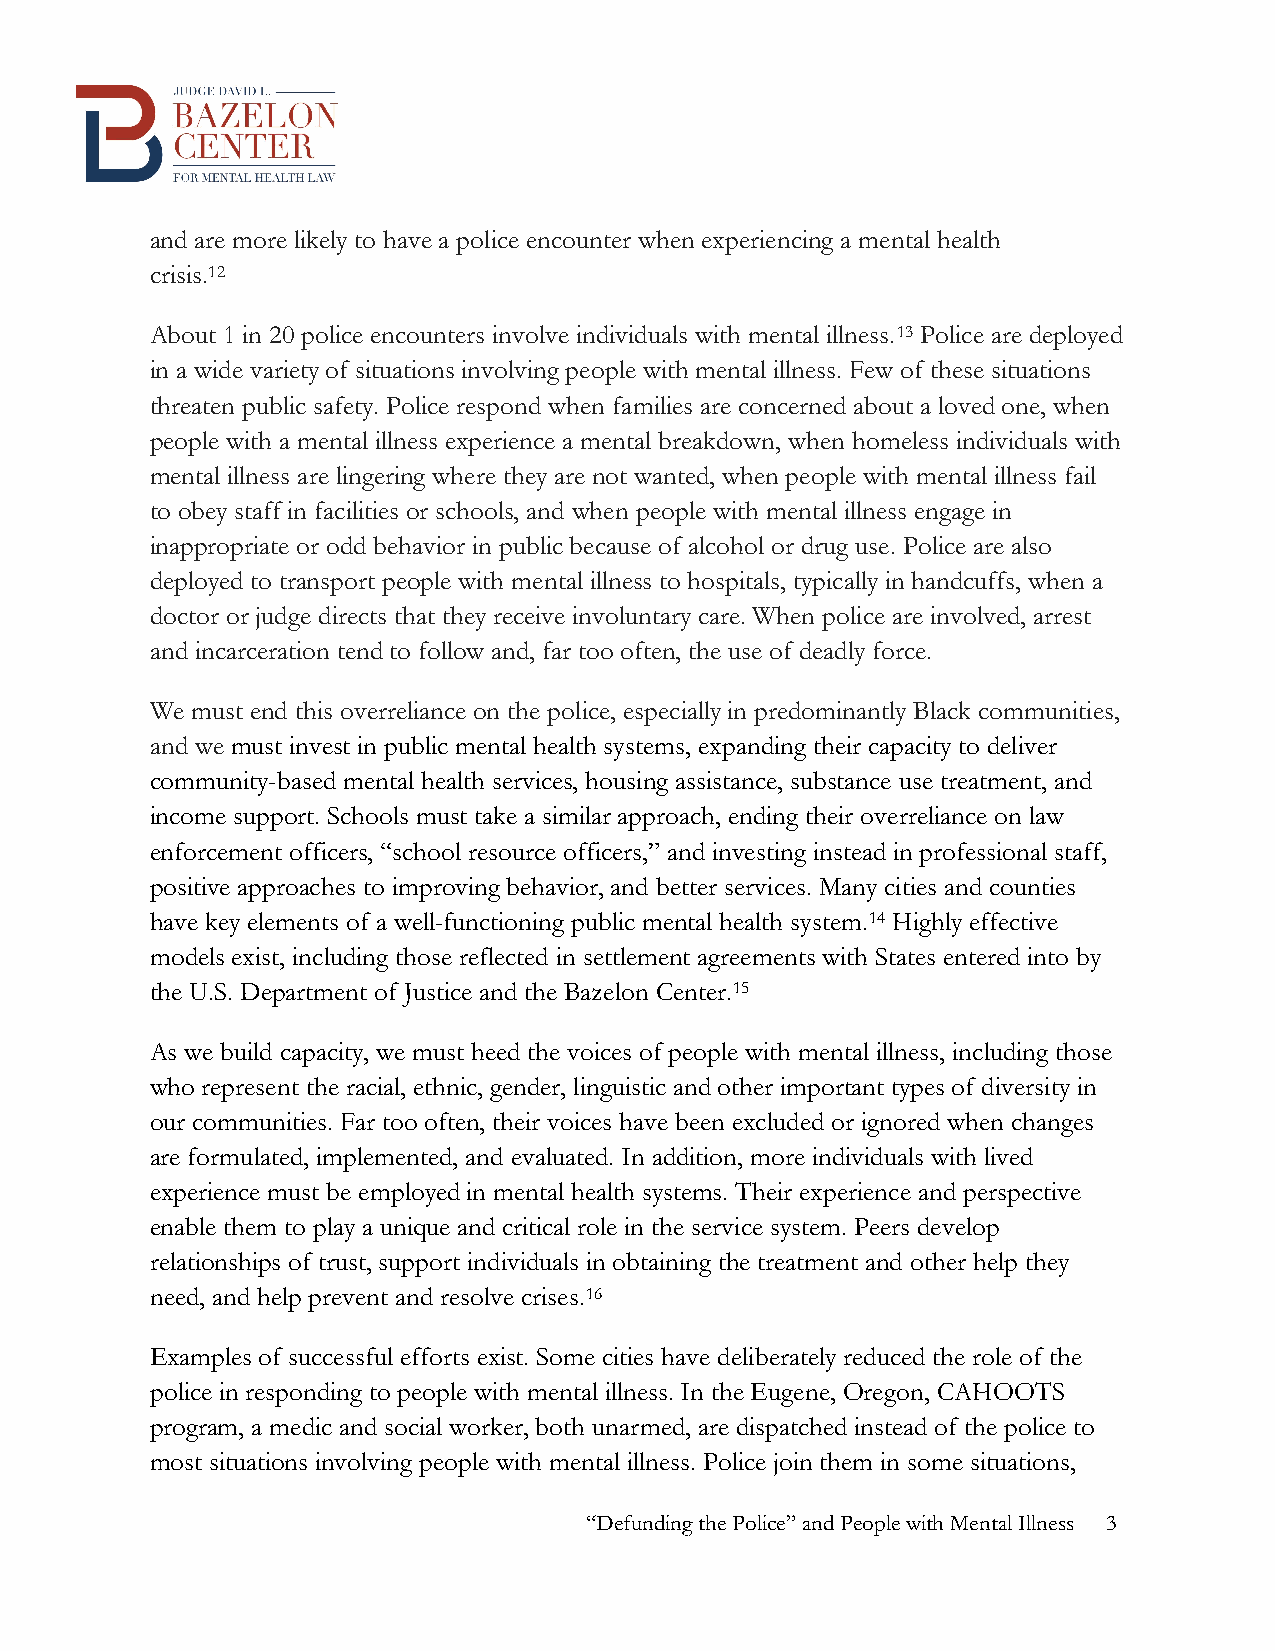
and are more likely to have a police encounter when experiencing a mental health
 crisis.12
 About 1 in 20 police encounters involve individuals with mental illness.13 Police are deployed
 in a wide variety of situations involving people with mental illness. Few of these situations
 threaten public safety. Police respond when families are concerned about a loved one, when
 people with a mental illness experience a mental breakdown, when homeless individuals with
 mental illness are lingering where they are not wanted, when people with mental illness fail
 to obey staff in facilities or schools, and when people with mental illness engage in
 inappropriate or odd behavior in public because of alcohol or drug use. Police are also
 deployed to transport people with mental illness to hospitals, typically in handcuffs, when a
 doctor or judge directs that they receive involuntary care. When police are involved, arrest
 and incarceration tend to follow and, far too often, the use of deadly force.
 We must end this overreliance on the police, especially in predominantly Black communities,
 and we must invest in public mental health systems, expanding their capacity to deliver
 community-based mental health services, housing assistance, substance use treatment, and
 income support. Schools must take a similar approach, ending their overreliance on law
 enforcement officers, “school resource officers,” and investing instead in professional staff,
 positive approaches to improving behavior, and better services. Many cities and counties
 have key elements of a well-functioning public mental health system.14 Highly effective
 models exist, including those reflected in settlement agreements with States entered into by
 the U.S. Department of Justice and the Bazelon Center.15
 As we build capacity, we must heed the voices of people with mental illness, including those
 who represent the racial, ethnic, gender, linguistic and other important types of diversity in
 our communities. Far too often, their voices have been excluded or ignored when changes
 are formulated, implemented, and evaluated. In addition, more individuals with lived
 experience must be employed in mental health systems. Their experience and perspective
 enable them to play a unique and critical role in the service system. Peers develop
 relationships of trust, support individuals in obtaining the treatment and other help they
 need, and help prevent and resolve crises.16
 Examples of successful efforts exist. Some cities have deliberately reduced the role of the
 police in responding to people with mental illness. In the Eugene, Oregon, CAHOOTS
 program, a medic and social worker, both unarmed, are dispatched instead of the police to
 most situations involving people with mental illness. Police join them in some situations,
 “Defunding the Police” and People with Mental Illness 3